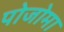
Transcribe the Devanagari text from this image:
पोजोमा